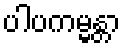
ပါပကမ္မန္တာ